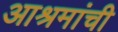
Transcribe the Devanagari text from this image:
आश्रमांची